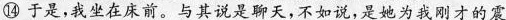
⑭ 于是，我坐在床前。与其说是聊天，不如说，是她为我刚才的震